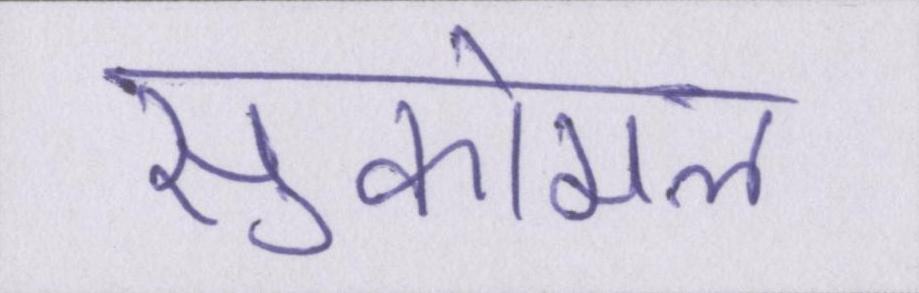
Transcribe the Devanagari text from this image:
सुकोमल